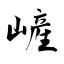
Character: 嵼